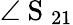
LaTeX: \angle\mathrm{~S~}_{21}